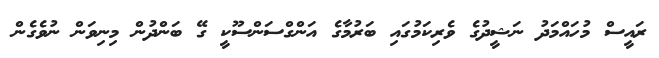
ރައީސް މުހައްމަދު ނަޝީދުގެ ވެރިކަމުގައި ބަރުމާގެ އަންގްސަންސޫކީ ގޭ ބަންދުން މިނިވަން ނުވެގެން